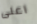
اعلى